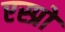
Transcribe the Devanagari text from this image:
एस्प्रो